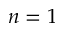
n = 1